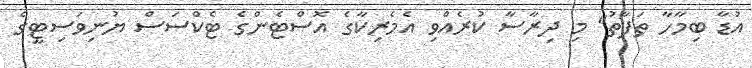
އުޑާ ބިމާހާ ތަފާތު" މި ދިރާސާ ކުރެއްވި އެމެރިކާގެ އޮސްޓެންގެ ޓެކްސަސް ޔުނިވަސިޓީގެ